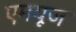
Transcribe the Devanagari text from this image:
एमयूज